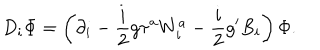
D _ { i } \Phi = \left( \partial _ { i } - \frac { i } { 2 } g \tau ^ { a } W _ { i } ^ { a } - \frac { i } { 2 } g ^ { \prime } B _ { i } \right) \Phi .